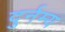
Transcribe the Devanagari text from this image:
दुर्नम्य